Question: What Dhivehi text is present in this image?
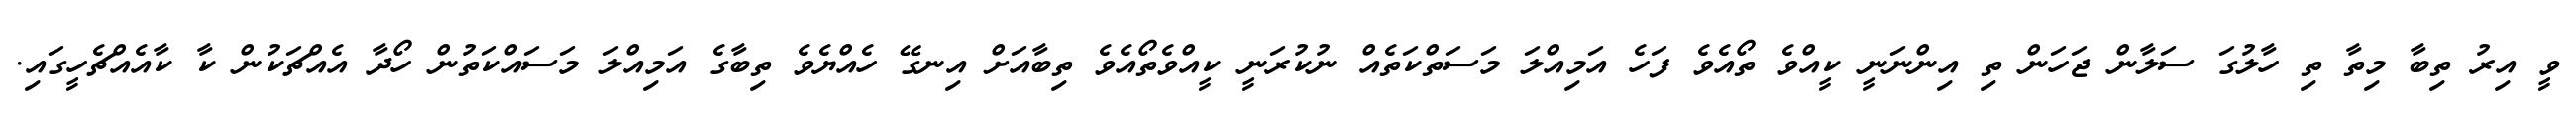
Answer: ވީ އިރު ތިބާ މިތާ ތި ހާލުގަ ސަލާން ޖަހަން ތި އިންނަނީ ކީއްވެ ތޯއެވެ ފަހެ އަމިއްލަ މަސަތްކަތެއް ނުކުރަނީ ކީއްވެތޯއެވެ ތިބާއަށް އިނގޭ ހެއްޔެވެ ތިބާގެ އަމިއްލަ މަސައްކަތުން ހޯދާ އެއްޗަކުން ކާ ކާއެއްޗެހީގައި.